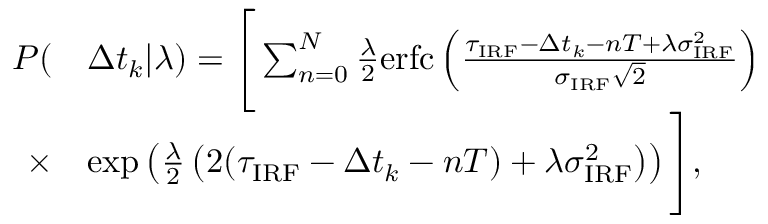
\begin{array} { r l } { P ( } & { \Delta t _ { k } | \lambda ) = \Bigg [ \sum _ { n = 0 } ^ { N } \frac { \lambda } { 2 } \mathrm { e r f c } \left( \frac { \tau _ { \mathrm { I R F } } - \Delta t _ { k } - n T + \lambda \sigma _ { \mathrm { I R F } } ^ { 2 } } { \sigma _ { \mathrm { I R F } } \sqrt { 2 } } \right) } \\ { \times } & { \exp \left( \frac { \lambda } { 2 } \left( 2 ( \tau _ { \mathrm { I R F } } - \Delta t _ { k } - n T ) + \lambda \sigma _ { \mathrm { I R F } } ^ { 2 } \right) \right) \Bigg ] , } \end{array}